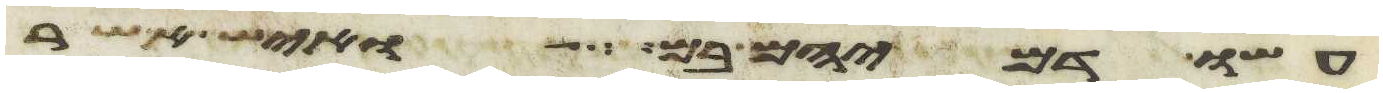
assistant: עשו דמיהם בם ואיש אשר